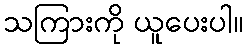
သကြားကို ယူပေးပါ။